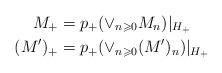
LaTeX: \begin{align*}M_{+} & =p_{+}(\vee_{n\geqslant0}M_{n})|_{H_{+}}\\(M^{\prime})_{+} & =p_{+}(\vee_{n\geqslant0}(M^{\prime})_{n})|_{H_{+}}\end{align*}